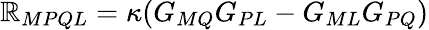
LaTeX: \mathbb{R}_{MPQL}=\kappa(G_{MQ}G_{PL}-G_{ML}G_{PQ})